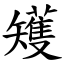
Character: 矱